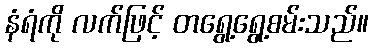
နံရံကို လက်ဖြင့် တရွေ့ရွေ့စမ်းသည်။